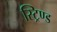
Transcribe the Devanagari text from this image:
स्ट्रिण्ड